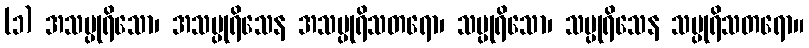
(၁) အသပ္ပုရိသော၊ အသပ္ပုရိသေန အသပ္ပုရိသတရော၊ သပ္ပုရိသော၊ သပ္ပုရိသေန သပ္ပုရိသတရော။